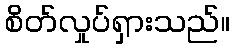
စိတ်လှုပ်ရှားသည်။